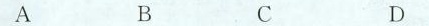
ABCD